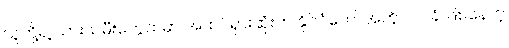
သူတို့ရဲ့ သားသမီးတွေထဲမှာ အထင်ရှားဆုံးက နိုင်ငံတော်အတိုင်ပင်ခံ ဖြစ်နေတဲ့